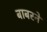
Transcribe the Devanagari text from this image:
बाबरने